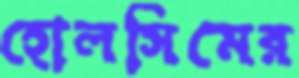
হোলসিমের